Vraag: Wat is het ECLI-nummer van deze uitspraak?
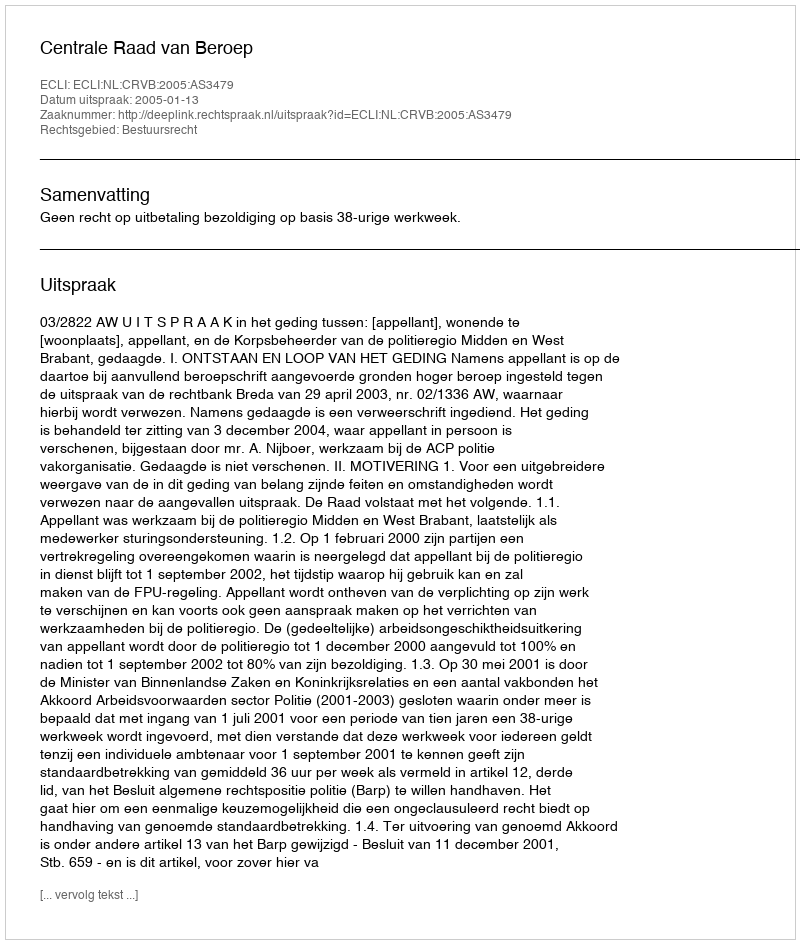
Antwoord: ECLI:NL:CRVB:2005:AS3479